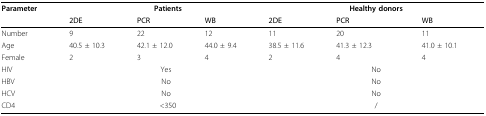
| Parameter |  | Patients |  |  | Healthy donors |  |
 |  | 2DE | PCR | WB | 2DE | PCR | WB |
 | --- | --- | --- | --- | --- | --- | --- |
 | Number | 9 | 22 | 12 | 11 | 20 | 11 |
 | Age | 40.5 ± 10.3 | 42.1 ± 12.0 | 44.0 ± 9.4 | 38.5 ± 11.6 | 41.3 ± 12.3 | 41.0 ± 10.1 |
 | Female | 2 | 3 | 4 | 2 | 4 | 4 |
 | HIV | <COLSPAN=3> Yes | <COLSPAN=3> No |
 | HBV | <COLSPAN=3> No | <COLSPAN=3> No |
 | HCV | <COLSPAN=3> No | <COLSPAN=3> No |
 | CD4 |  | <350 |  |  | / |  |